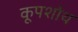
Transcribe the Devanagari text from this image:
कूपशोथ